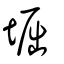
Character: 堀